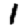
Digit: 1